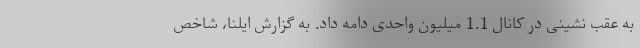
به عقب نشینی در کانال 1.1 میلیون واحدی دامه داد. به گزارش ایلنا، شاخص